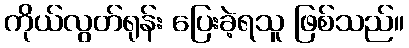
ကိုယ်လွတ်ရုန်း ပြေးခဲ့ရသူ ဖြစ်သည်။